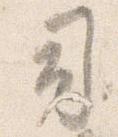
司